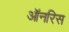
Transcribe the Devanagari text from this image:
ऑनरिस